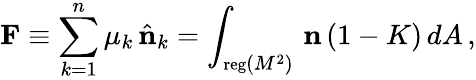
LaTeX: {\mathbf F}\equiv\sum_{k=1}^{n}\mu_{k}\, \hat{{\mathbf n}}_{k}=\int_{{\mathrm{\small{reg}}}(M^{2})}\, {\mathbf n}\, (1-K)\, dA\, ,